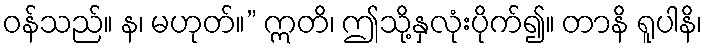
ဝန်သည်။ န၊ မဟုတ်။” ဣတိ၊ ဤသို့နှလုံးပိုက်၍။ တာနိ ရူပါနိ၊